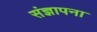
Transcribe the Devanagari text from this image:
संज्ञापना